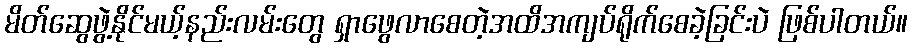
မိတ်ဆွေဖွဲ့နိုင်မယ့်နည်းလမ်းတွေ ရှာဖွေလာစေတဲ့အထိအကျပ်ရိုက်စေခဲ့ခြင်းပဲ ဖြစ်ပါတယ်။